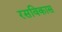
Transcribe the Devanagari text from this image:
रसविकास